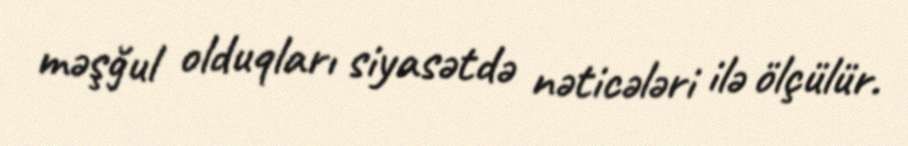
məşğul olduqları siyasətdə nəticələri ilə ölçülür.